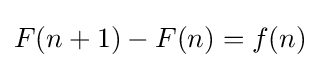
F(n+1)-F(n)=f(n)